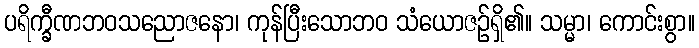
ပရိက္ခီဏဘဝသညောဇနော၊ ကုန်ပြီးသောဘဝ သံယောဇဉ်ရှိ၏။ သမ္မာ၊ ကောင်းစွာ။